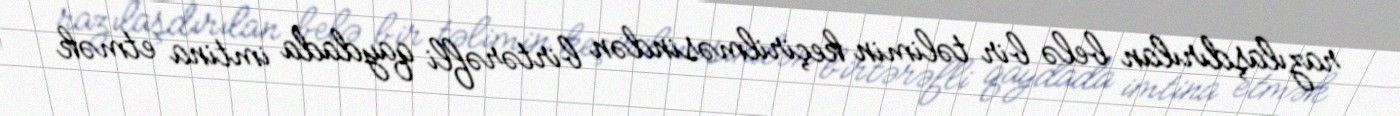
razılaşdırılan belə bir təlimin keçirilməsindən birtərəfli qaydada imtina etmək